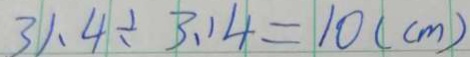
3 1 . 4 \div 3 . 1 4 = 1 0 ( c m )